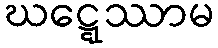
ဃဋ္ဋေဿာမ